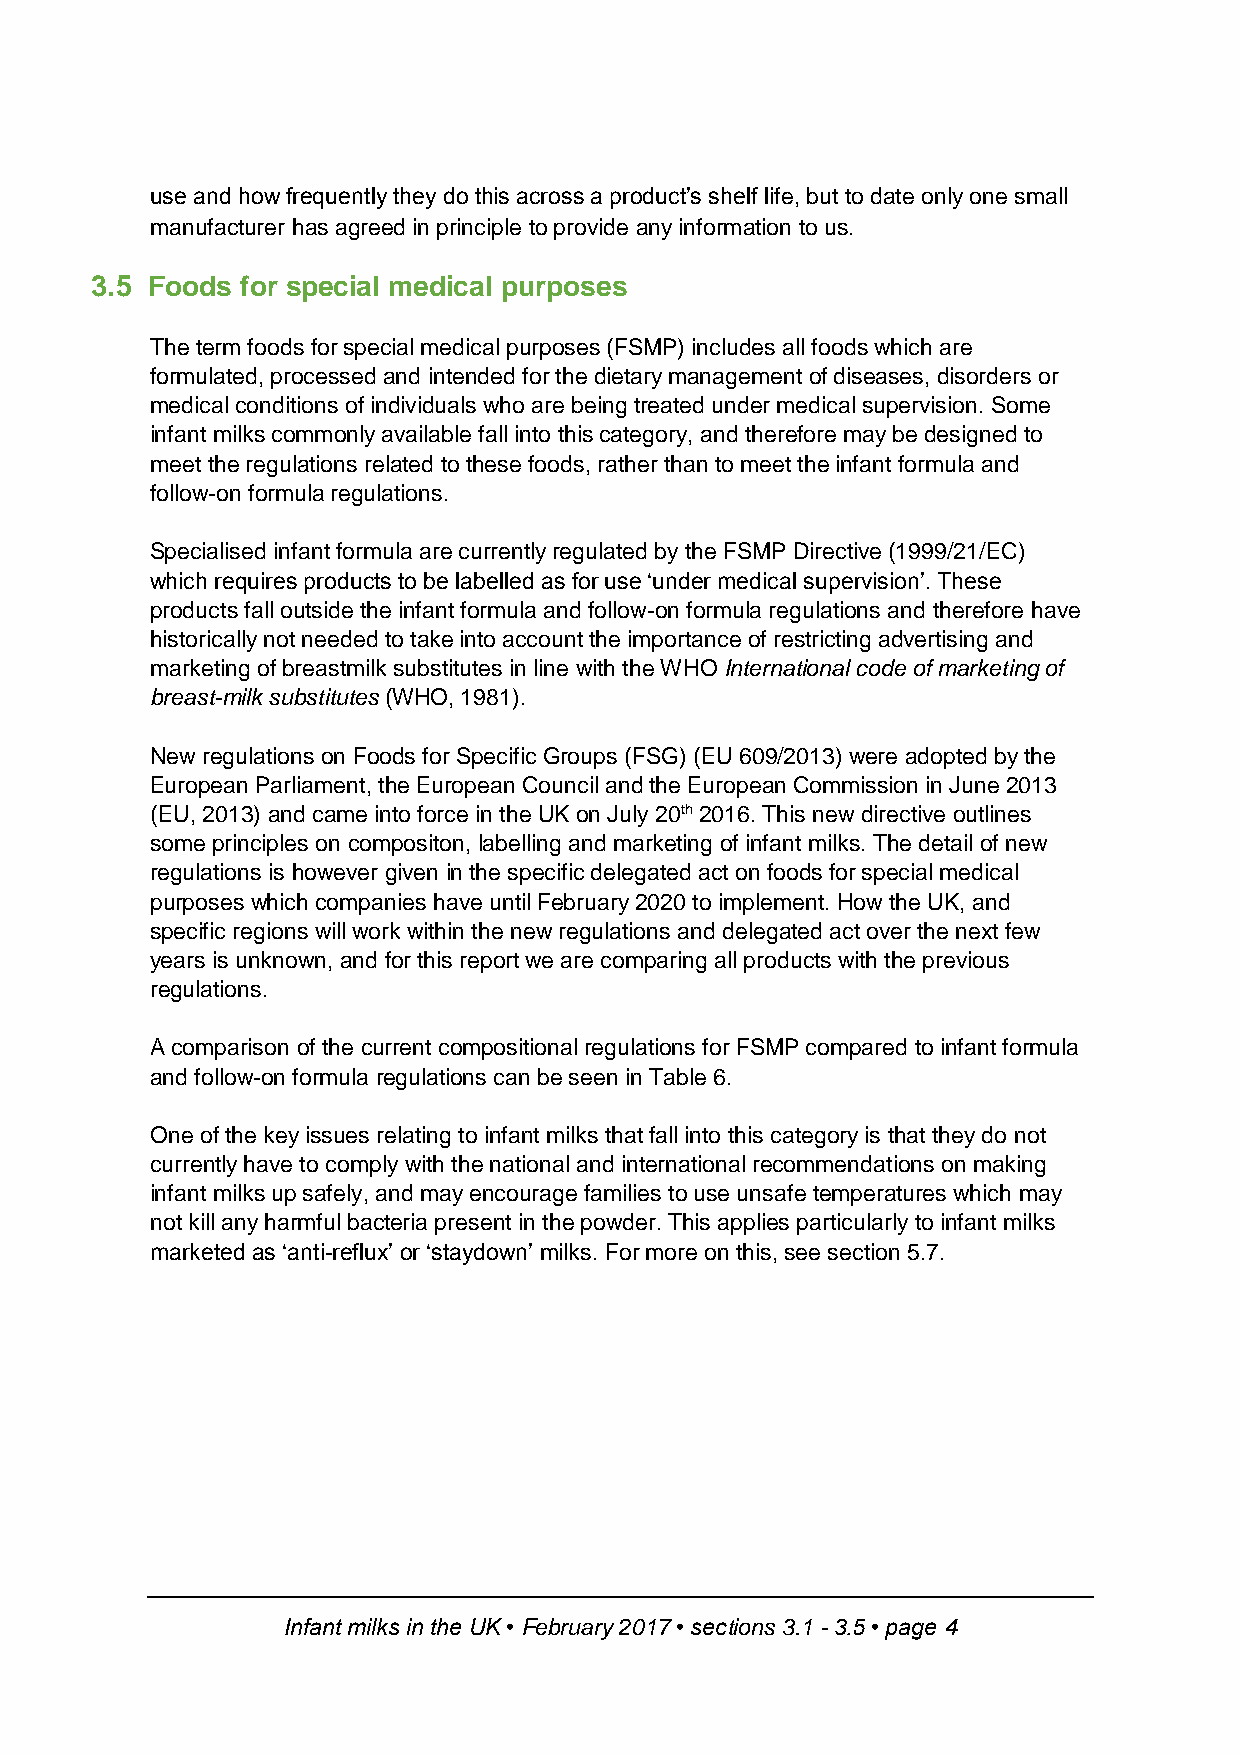
use and how frequently they do this across a product’s shelf life, but to date only one small
 manufacturer has agreed in principle to provide any information to us.
 3.5 Foods for special medical purposes
 The term foods for special medical purposes (FSMP) includes all foods which are
 formulated, processed and intended for the dietary management of diseases, disorders or
 medical conditions of individuals who are being treated under medical supervision. Some
 infant milks commonly available fall into this category, and therefore may be designed to
 meet the regulations related to these foods, rather than to meet the infant formula and
 follow-on formula regulations.
 Specialised infant formula are currently regulated by the FSMP Directive (1999/21/EC)
 which requires products to be labelled as for use ‘under medical supervision’. These
 products fall outside the infant formula and follow-on formula regulations and therefore have
 historically not needed to take into account the importance of restricting advertising and
 marketing of breastmilk substitutes in line with the WHO International code of marketing of
 breast-milk substitutes (WHO, 1981).
 New regulations on Foods for Specific Groups (FSG) (EU 609/2013) were adopted by the
 European Parliament, the European Council and the European Commission in June 2013
 (EU, 2013) and came into force in the UK on July 20th 2016. This new directive outlines
 some principles on compositon, labelling and marketing of infant milks. The detail of new
 regulations is however given in the specific delegated act on foods for special medical
 purposes which companies have until February 2020 to implement. How the UK, and
 specific regions will work within the new regulations and delegated act over the next few
 years is unknown, and for this report we are comparing all products with the previous
 regulations.
 A comparison of the current compositional regulations for FSMP compared to infant formula
 and follow-on formula regulations can be seen in Table 6.
 One of the key issues relating to infant milks that fall into this category is that they do not
 currently have to comply with the national and international recommendations on making
 infant milks up safely, and may encourage families to use unsafe temperatures which may
 not kill any harmful bacteria present in the powder. This applies particularly to infant milks
 marketed as ‘anti-reflux’ or ‘staydown’ milks. For more on this, see section 5.7.
 Infant milks in the UK • February 2017 • sections 3.1 - 3.5 • page 4